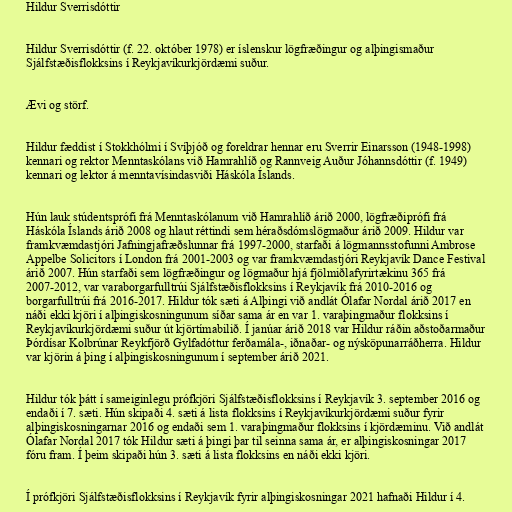
Hildur Sverrisdóttir

Hildur Sverrisdóttir (f. 22. október 1978) er íslenskur lögfræðingur og alþingismaður
Sjálfstæðisflokksins í Reykjavíkurkjördæmi suður.

Ævi og störf.

Hildur fæddist í Stokkhólmi í Svíþjóð og foreldrar hennar eru Sverrir Einarsson (1948-1998)
kennari og rektor Menntaskólans við Hamrahlíð og Rannveig Auður Jóhannsdóttir (f. 1949)
kennari og lektor á menntavísindasviði Háskóla Íslands.

Hún lauk stúdentsprófi frá Menntaskólanum við Hamrahlíð árið 2000, lögfræðiprófi frá
Háskóla Íslands árið 2008 og hlaut réttindi sem héraðsdómslögmaður árið 2009. Hildur var
framkvæmdastjóri Jafningjafræðslunnar frá 1997-2000, starfaði á lögmannsstofunni Ambrose
Appelbe Solicitors í London frá 2001-2003 og var framkvæmdastjóri Reykjavík Dance Festival
árið 2007. Hún starfaði sem lögfræðingur og lögmaður hjá fjölmiðlafyrirtækinu 365 frá
2007-2012, var varaborgarfulltrúi Sjálfstæðisflokksins í Reykjavík frá 2010-2016 og
borgarfulltrúi frá 2016-2017. Hildur tók sæti á Alþingi við andlát Ólafar Nordal árið 2017 en
náði ekki kjöri í alþingiskosningunum síðar sama ár en var 1. varaþingmaður flokksins í
Reykjavíkurkjördæmi suður út kjörtímabilið. Í janúar árið 2018 var Hildur ráðin aðstoðarmaður
Þórdísar Kolbrúnar Reykfjörð Gylfadóttur ferðamála-, iðnaðar- og nýsköpunarráðherra. Hildur
var kjörin á þing í alþingiskosningunum í september árið 2021.

Hildur tók þátt í sameiginlegu prófkjöri Sjálfstæðisflokksins í Reykjavík 3. september 2016 og
endaði í 7. sæti. Hún skipaði 4. sæti á lista flokksins í Reykjavíkurkjördæmi suður fyrir
alþingiskosningarnar 2016 og endaði sem 1. varaþingmaður flokksins í kjördæminu. Við andlát
Ólafar Nordal 2017 tók Hildur sæti á þingi þar til seinna sama ár, er alþingiskosningar 2017
fóru fram. Í þeim skipaði hún 3. sæti á lista flokksins en náði ekki kjöri.

Í prófkjöri Sjálfstæðisflokksins í Reykjavík fyrir alþingiskosningar 2021 hafnaði Hildur í 4.